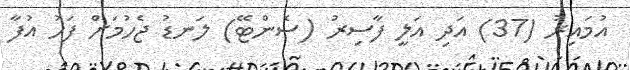
އުމައިރު (37) އަދި އަލީ ފާސިރު (ސެންޓޭ) ލަނޑު ޖެހުމަށް ފަހު އުފާ